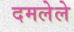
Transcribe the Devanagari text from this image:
दमलेले